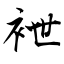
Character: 袣